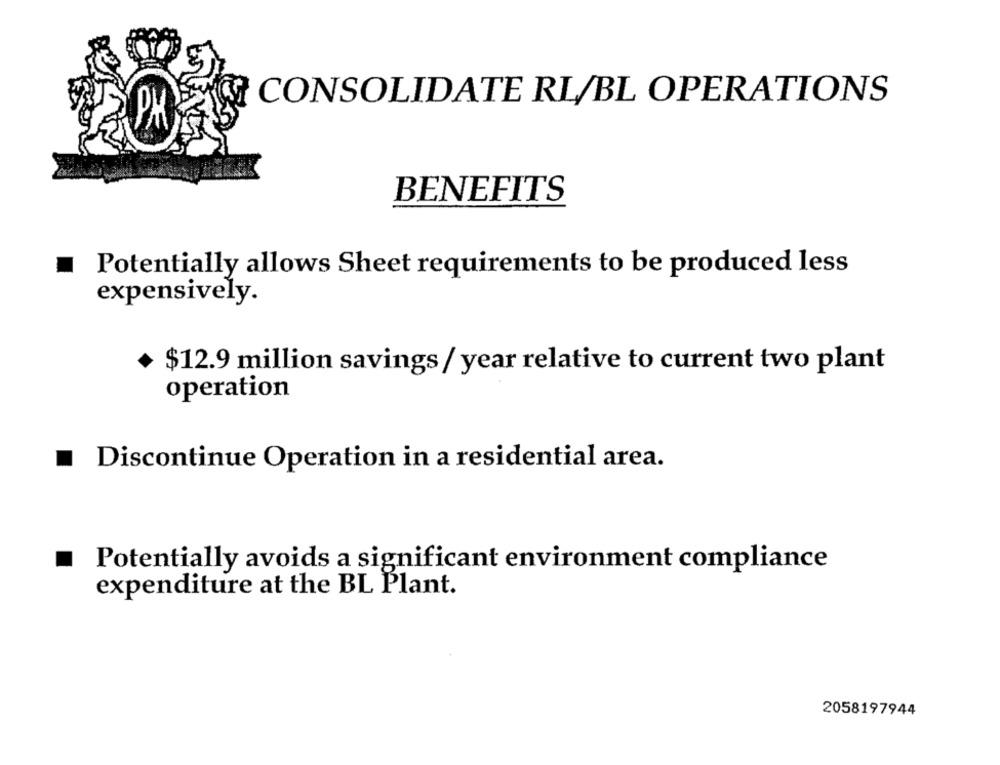
CONSOLIDATE RL/BL OPERATIONS
PH
BENEFITS
Potentially allows Sheet requirements to be produced less
expensively.
$12.9 million savings / year relative to current two plant
operation
Discontinue Operation in a residential area.
Potentially avoids a significant environment compliance
expenditure at the BL Plant.
2058197944